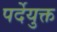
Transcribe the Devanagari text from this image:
पर्देयुक्त